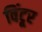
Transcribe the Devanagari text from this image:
विंटूर